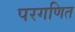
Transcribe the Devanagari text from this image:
परगणित